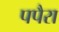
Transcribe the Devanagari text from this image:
पपैरा